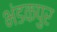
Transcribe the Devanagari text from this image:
भंडकपुर